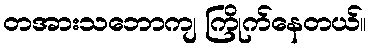
တအားသဘောကျ ကြိုက်နေတယ်။